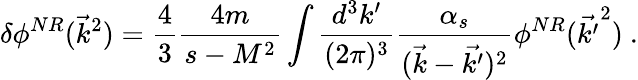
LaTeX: \delta\phi^{NR}(\vec{k}^{2})=\frac{4}{3}\frac{4m}{s-M^{2}}\int\frac{d^{3}k^{\prime}}{(2\pi)^{3}}\frac{\alpha_{s}}{(\vec{k}-\vec{k^{\prime}})^{2}}\phi^{NR}(\vec{k^{\prime}}^{2})\mathrm{~.}